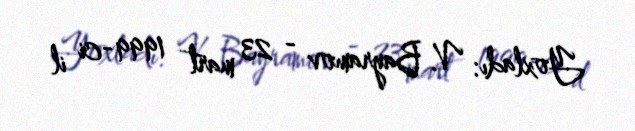
Yoxladı: V. Bayramov - 23 mart 1999-ci il